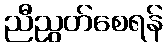
ညီညွတ်စေရန်